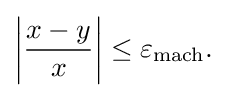
{\textstyle \left|{\dfrac {x-y}{x}}\right|\leq \varepsilon _{\text{mach}}.}